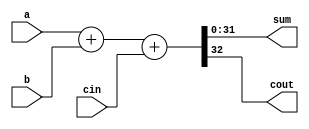
`timescale 1ns / 1ps
//////////////////////////////////////////////////////////////////////////////////
// Company: 
// Engineer: 
// 
// Design Name: 
// Module Name:    adder 
// Project Name: 
// Target Devices: 
// Tool versions: 
// Description: 
//
// Dependencies: 
//
// Revision: 
// Revision 0.01 - File Created
// Additional Comments: 
//
//////////////////////////////////////////////////////////////////////////////////
module adder(
    input [31:0] a,
    input [31:0] b,
    input cin,
    output [31:0] sum,
    output cout
    );

assign {cout,sum}=a+b+cin;

endmodule